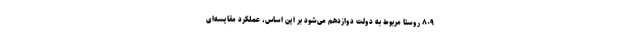
۸۰۹ روستا مربوط به دولت دوازدهم می‌شود بر این اساس، عملکرد مقایسه‌ای